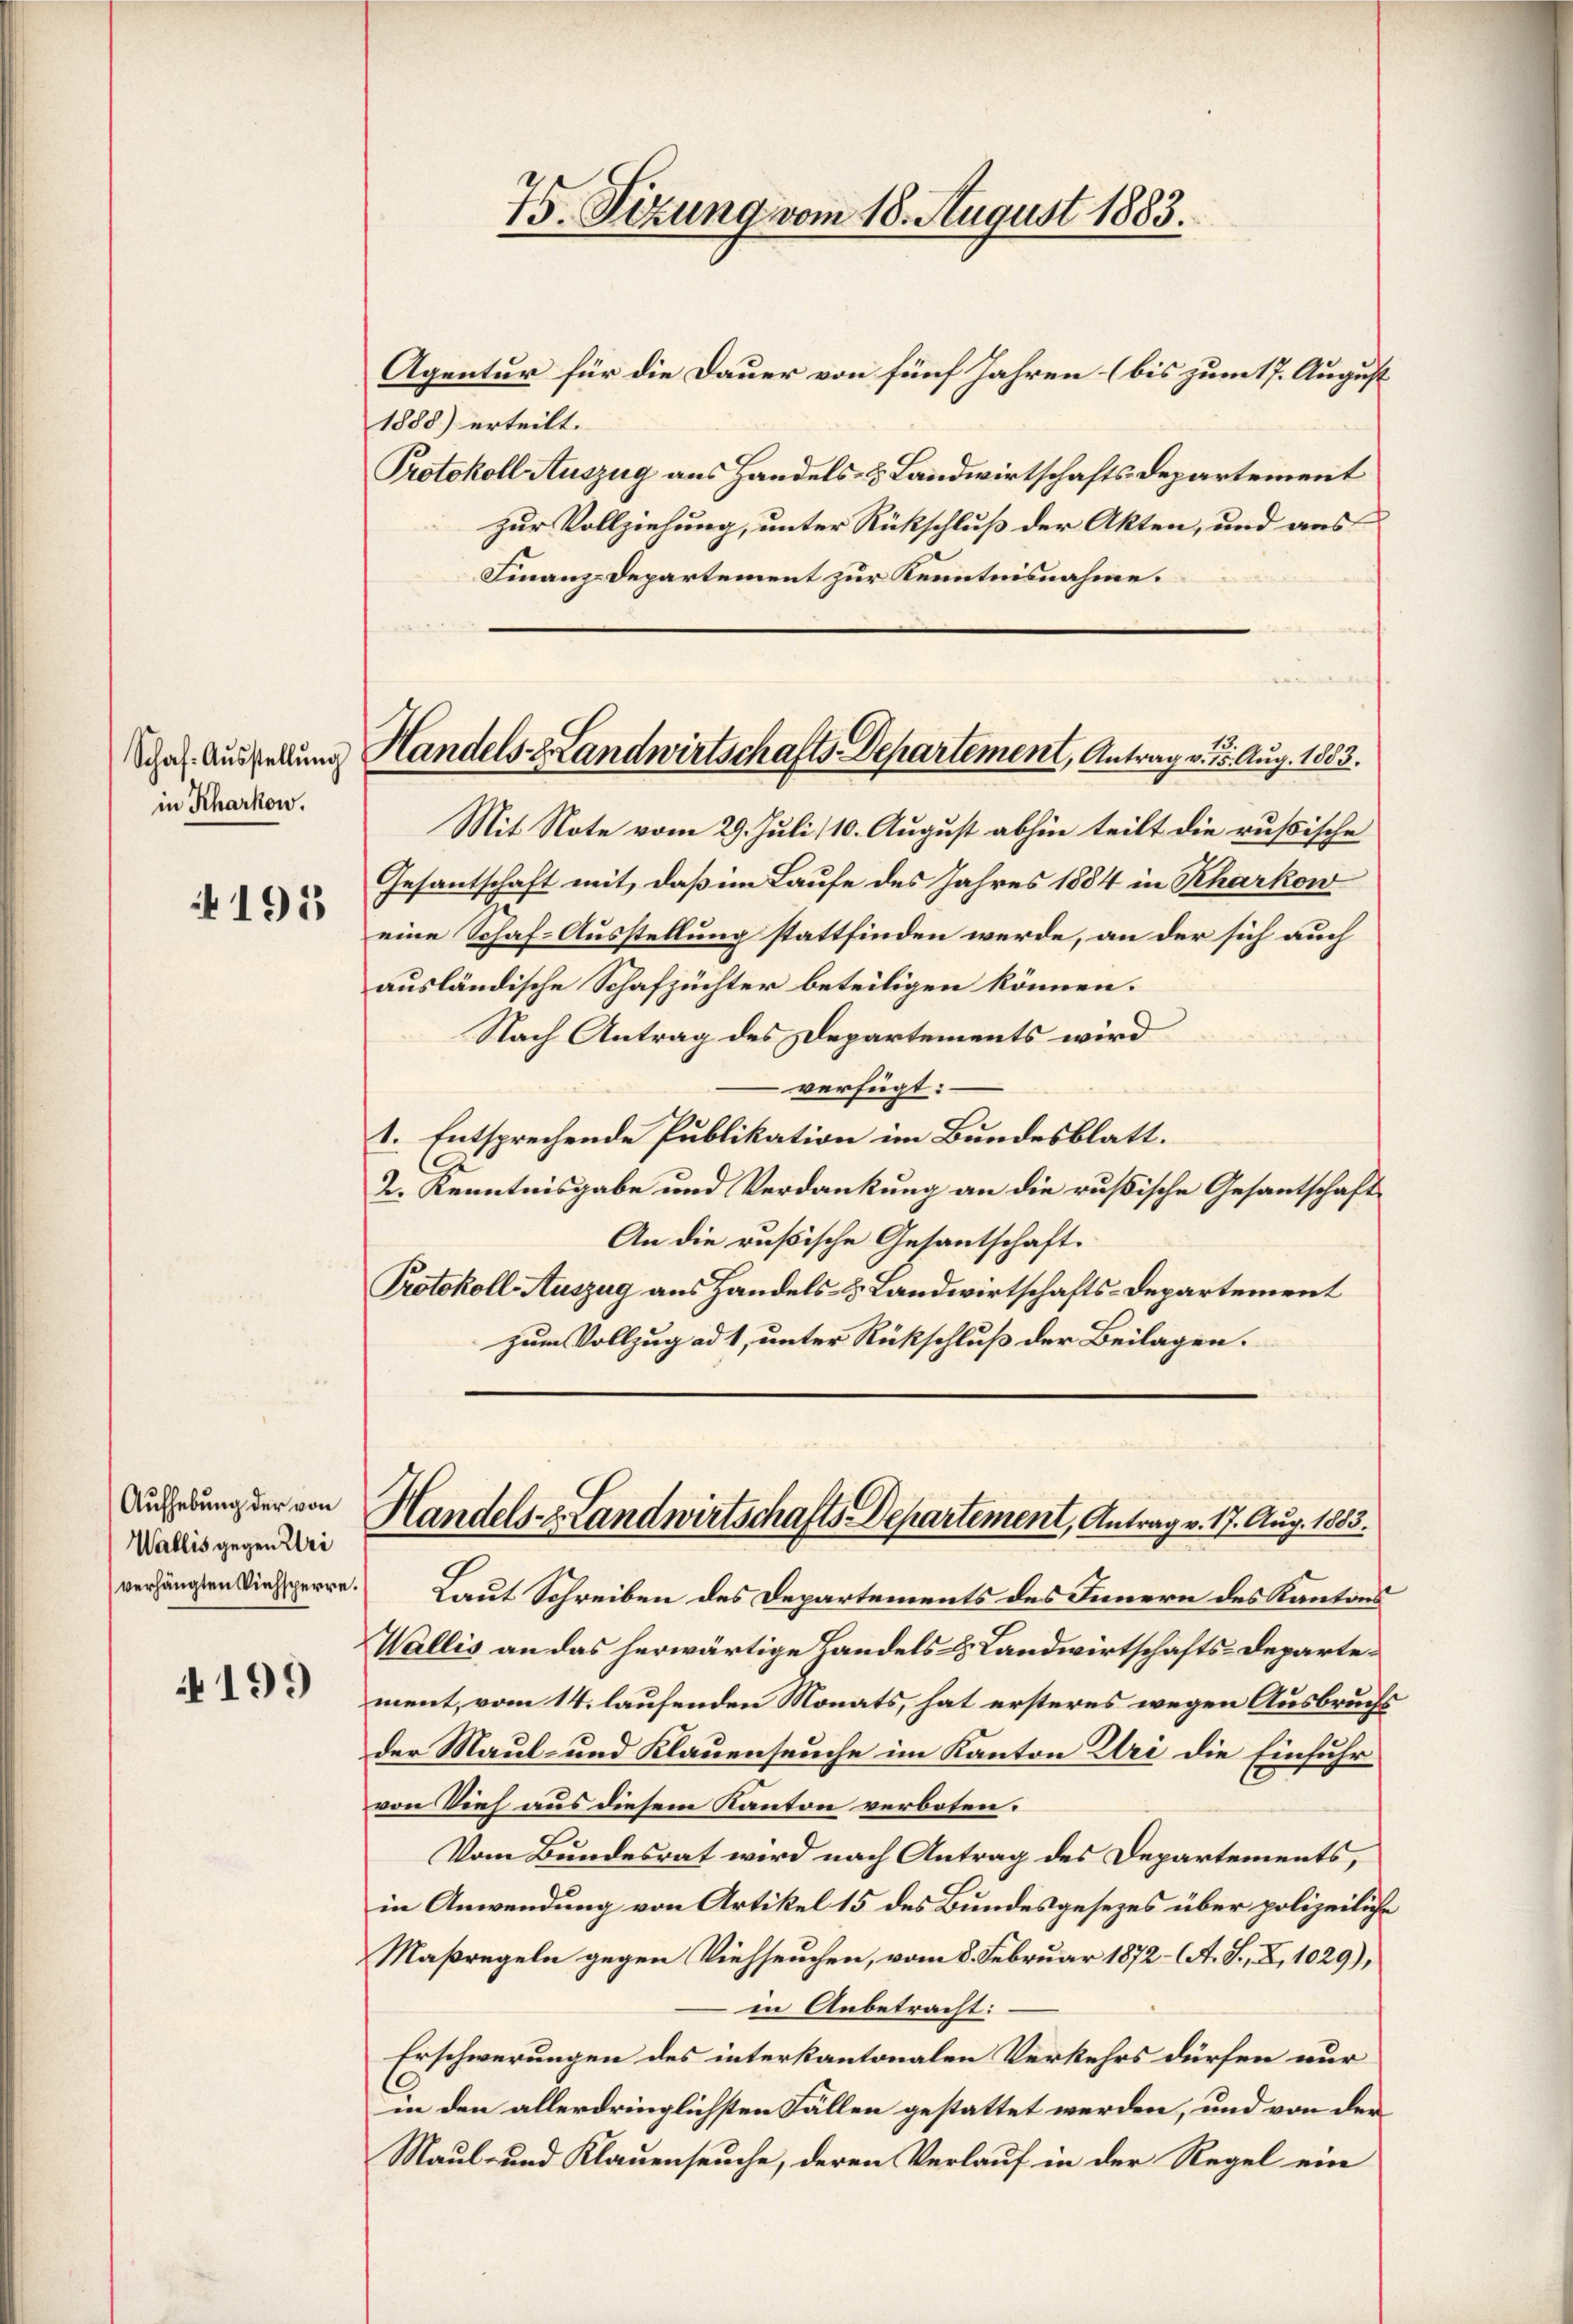
in Rharkon.

4195

Aufhebung der von
Wallis gegen Uri

4199

Agentur für die Dauer von fünf Jahren (bis zum 17. August
1888) erteilt.
Protokoll Auszug aus Handels- & Landwirtschafts-Departement
zur Vollziehung, unter Rückschluß der Akten, und aus
Finanz-Departement zur Kenntnisnahme.

75. Sizung vom 18. August 1883.

Mit Note vom 29. Juli 10. August abhin teilt die russische
Gesantschaft mit, daß im Laufe des Jahres 1884 in Rharkow
eine Schaf-Ausstellung stattfinden werde, an der sich auch
ausländische Schafzüchter beteiligen können.
Nach Antrag des Departements wird
verfügt:
1. Entsprechende Publikation im Bundesblatt.
2. Kenntnisgabe und Verdankung an die rußische Gesantschaft
An die rußische Gesantschaft.
Protokoll-Auszug aus Handels- & Landwirtschafts-Departement
zum Vollzug ad 1, unter Rückschluß der Beilagen.

Schel Ausstellung Handels- & Landwirtschafts-Departement, Antrag v. 15. Aug. 1883.

verhängten Diesperre. Laut Schreiben des Departements des Innern des Kantons
Wallis an das herwärtige Handels- & Landwirtschafts-Departement, vom 14. laufenden Monats, hat ersteres wegen Ausbruchs
der Maul- und Klauenseuche im Kanton Uri die Einfuhr
von Vieh aus diesem Kanton verboten.
Vom Bundesrat wird nach Antrag des Departements,
in Anwendung von Artikel 15 des Bundesgesezes über polizeiliche
Maßregeln gegen Viehseuchen, vom 8. Februar 1872- A. S., X, 1029),
in Anbetracht:
Erschwerungen des interkantonalen Verkehrs dürfen nur
in den allerdringlichsten Fällen gestattet werden, und von der
Maul- und Klauenseuche, deren Verlauf in der Regel ein

Handels- Landwirtschafts-Departement, Antrag v. 17. Aug. 1883.